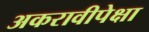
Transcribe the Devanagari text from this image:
अकरावीपेक्षा